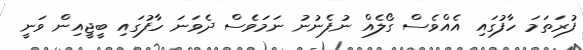
ފުރަތަމަ ހާފުގައި އެއްވެސް ގޯލެއް ނުފެނުނު ނަމަވެސް ދެވަނަ ހާފުގައި ބީޖީއިން ވަނީ